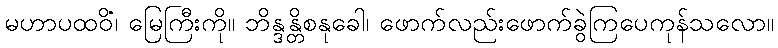
မဟာပထဝိံ၊ မြေကြီးကို။ ဘိန္ဒန္တိစနုခေါ၊ ဖောက်လည်းဖောက်ခွဲကြပေကုန်သလော။